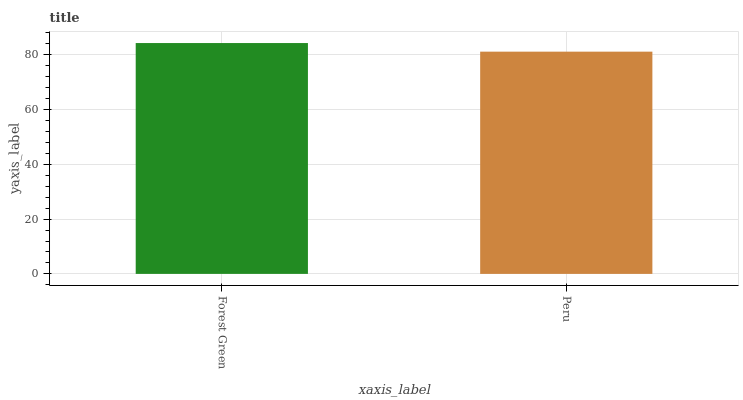
| xaxis_label | bars |
 | --- | --- |
 | Forest Green | 84.3 |
 | Peru | 81.2 |